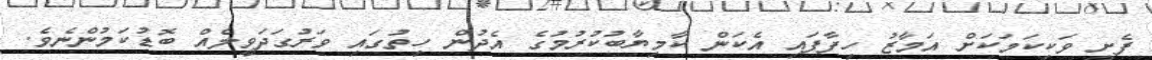
ފެށީ ވަކިކަމަކަށް އަމާޒު ހިފާފައި އެކަން ކާމިޔާބުކުރުމުގެ އެދުން ހިތުގައި ވަރުގަަދަވީލެއް ބޮޑުކަމުންނެވެ.